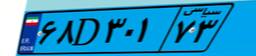
۶۸D۳۰۱۷۳